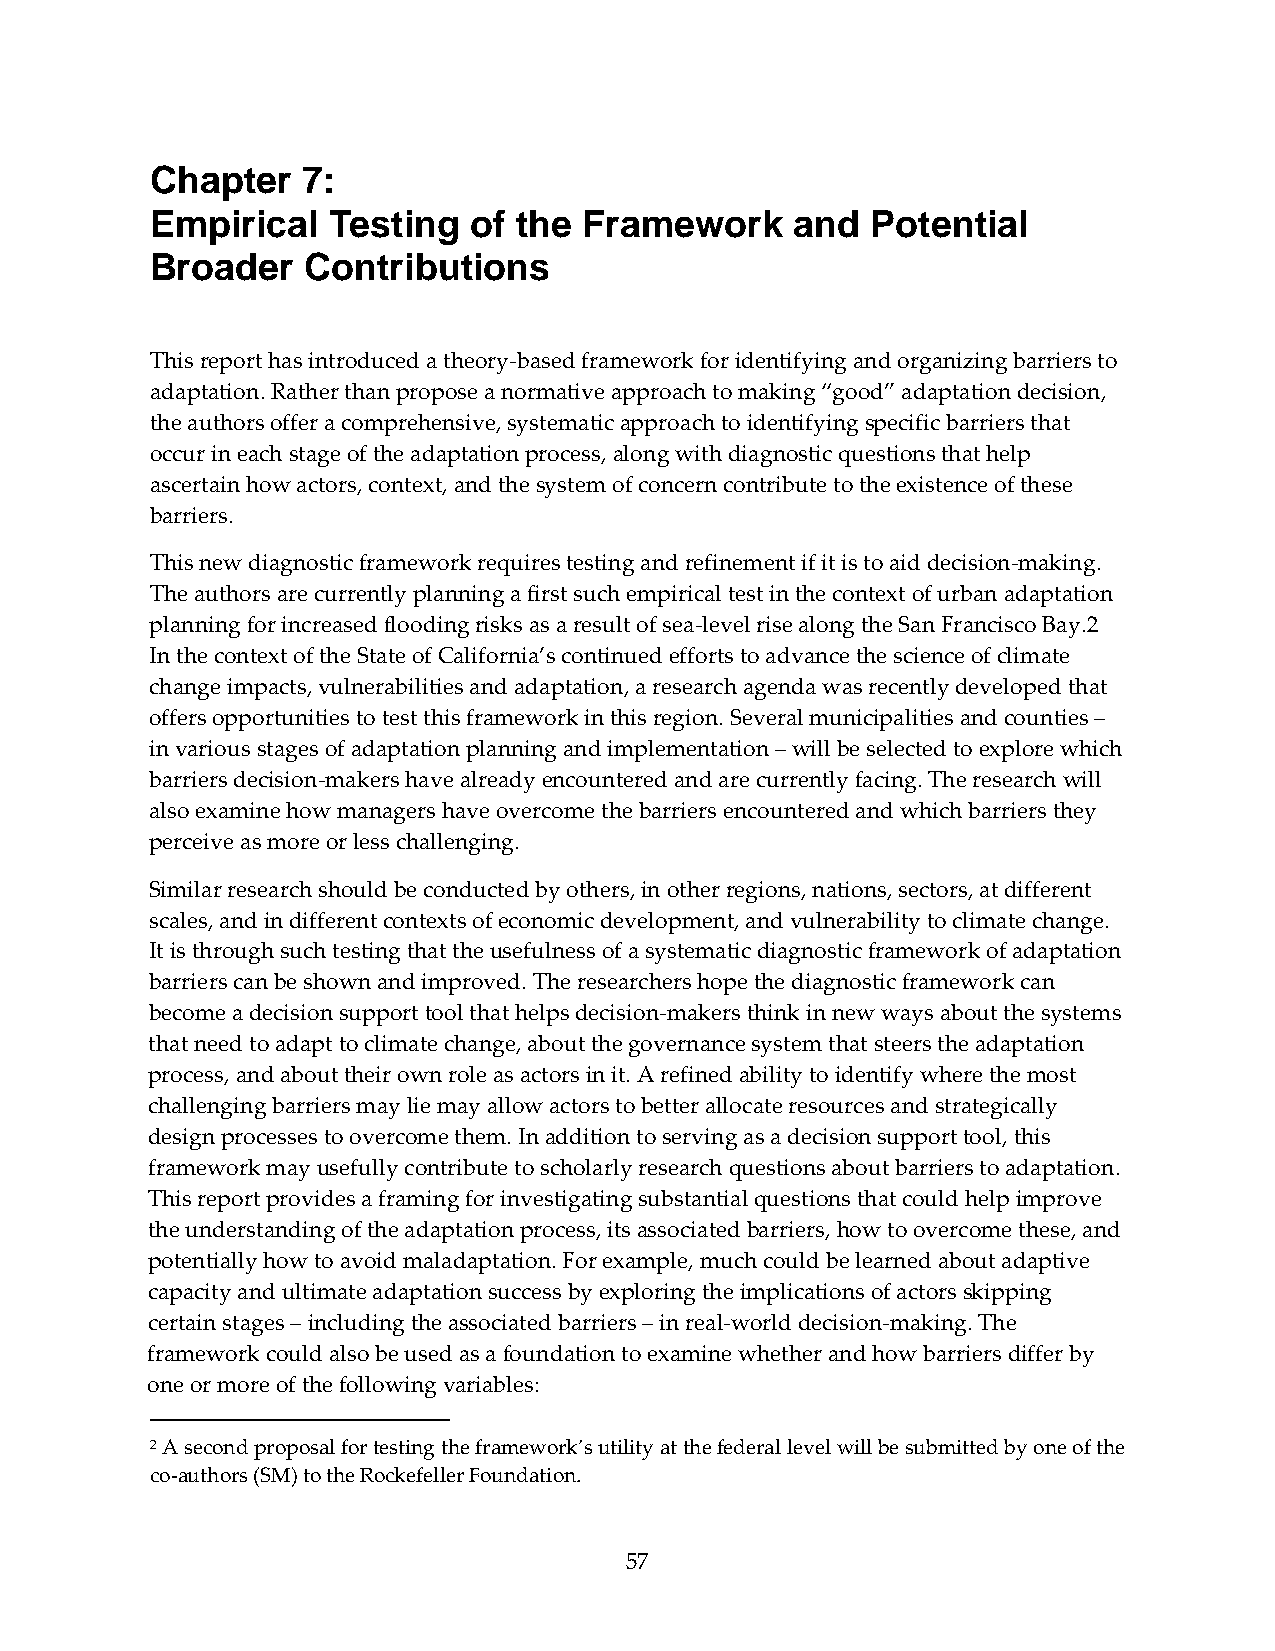
Chapter   7:
 Empirical   Testing  of the  Framework     and  Potential
 Broader   Contributions
 This report has introduced a theory‐based framework for identifying and organizing barriers to
 adaptation. Rather than propose a normative approach to making “good” adaptation decision,
 the authors offer a comprehensive, systematic approach to identifying specific barriers that
 occur in each stage of the adaptation process, along with diagnostic questions that help
 ascertain how actors, context, and the system of concern contribute to the existence of these
 barriers.
 This new diagnostic framework requires testing and refinement if it is to aid decision‐making.
 The authors are currently planning a first such empirical test in the context of urban adaptation
 planning for increased flooding risks as a result of sea‐level rise along the San Francisco Bay.2
 In the context of the State of California’s continued efforts to advance the science of climate
 change impacts, vulnerabilities and adaptation, a research agenda was recently developed that
 offers opportunities to test this framework in this region. Several municipalities and counties –
 in various stages of adaptation planning and implementation – will be selected to explore which
 barriers decision‐makers have already encountered and are currently facing. The research will
 also examine how managers have overcome the barriers encountered and which barriers they
 perceive as more or less challenging.
 Similar research should be conducted by others, in other regions, nations, sectors, at different
 scales, and in different contexts of economic development, and vulnerability to climate change.
 It is through such testing that the usefulness of a systematic diagnostic framework of adaptation
 barriers can be shown and improved. The researchers hope the diagnostic framework can
 become a decision support tool that helps decision‐makers think in new ways about the systems
 that need to adapt to climate change, about the governance system that steers the adaptation
 process, and about their own role as actors in it. A refined ability to identify where the most
 challenging barriers may lie may allow actors to better allocate resources and strategically
 design processes to overcome them. In addition to serving as a decision support tool, this
 framework may usefully contribute to scholarly research questions about barriers to adaptation.
 This report provides a framing for investigating substantial questions that could help improve
 the understanding of the adaptation process, its associated barriers, how to overcome these, and
 potentially how to avoid maladaptation. For example, much could be learned about adaptive
 capacity and ultimate adaptation success by exploring the implications of actors skipping
 certain stages – including the associated barriers – in real‐world decision‐making. The
 framework could also be used as a foundation to examine whether and how barriers differ by
 one or more of the following variables:
 2 A second proposal for testing the framework’s utility at the federal level will be submitted by one of the
 co‐authors (SM) to the Rockefeller Foundation.
 57